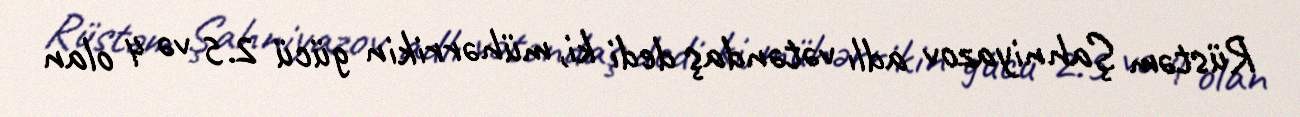
Rüstəm Şahniyazov adlı vətəndaş dedi ki, mühərrikin gücü 2.5 və 4 olan